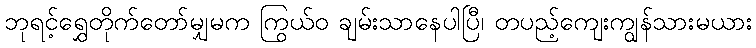
ဘုရင့်ရွှေတိုက်တော်မျှမက ကြွယ်ဝ ချမ်းသာနေပါပြီ၊ တပည့်ကျေးကျွန်သားမယား